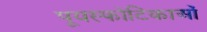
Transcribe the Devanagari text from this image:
पूयस्फोटिकाओं